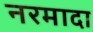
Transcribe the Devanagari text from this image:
नरमादा